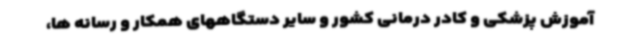
آموزش پزشکی و کادر درمانی کشور و سایر دستگاههای همکار و رسانه ها،